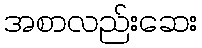
အစာလည်းဆေး